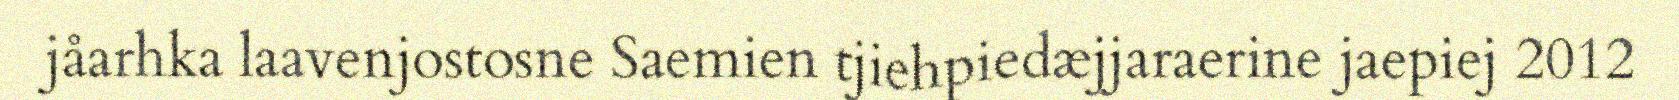
jåarhka laavenjostosne Saemien tjiehpiedæjjaraerine jaepiej 2012